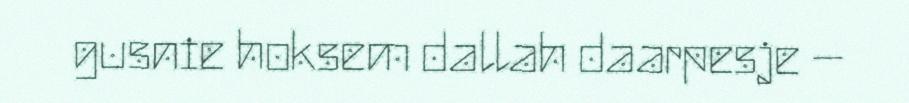
gusnie hoksem dallah daarpesje –